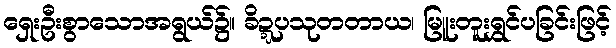
ရှေးဦးစွာသောအရွယ်၌။ ခိဍ္ဍပသုတတာယ၊ မြူးတူးရွှင်ပခြင်းဖြင့်